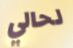
لحالي